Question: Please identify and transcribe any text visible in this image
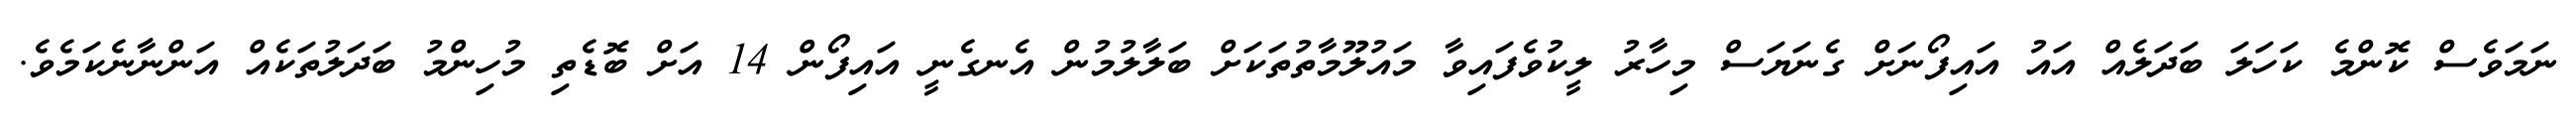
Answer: ނަމަވެސް ކޮންމެ ކަހަލަ ބަދަލެއް އައު އައިފޯނަށް ގެނަޔަސް މިހާރު ލީކުވެފައިވާ މައުލޫމާތުތަކަށް ބަލާލުމުން އެނގެނީ އައިފޯން 14 އަށް ބޮޑެތި މުހިންމު ބަދަލުތަކެއް އަންނާނެކަމެވެ.